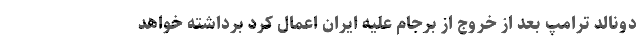
دونالد ترامپ بعد از خروج از برجام علیه ایران اعمال کرد برداشته خواهد